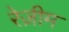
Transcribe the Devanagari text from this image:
रेज़ीम